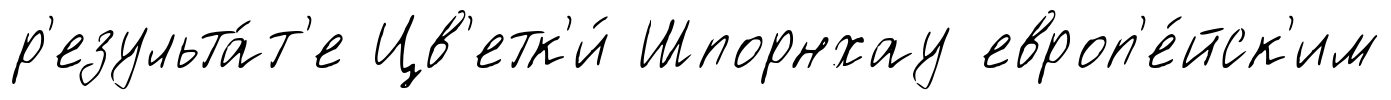
р'езульта́т'е Цв'етк'и́ Шпорнхау европ'е́йск'им